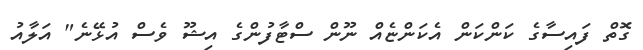
ގޮތް ފައިސާގެ ކަންކަން އެކަންޏެއް ނޫން ސްޓާފުންގެ އިޝޫ ވެސް އުޅޭނެ" އަލާއު